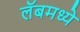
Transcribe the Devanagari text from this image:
लॅबमध्ये